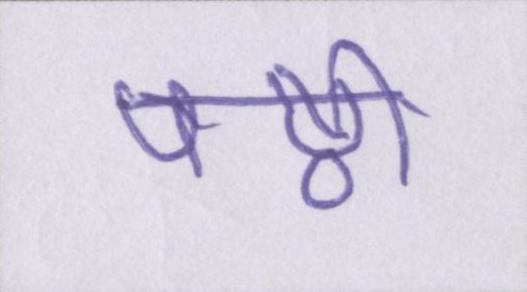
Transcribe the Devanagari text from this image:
षष्ठी